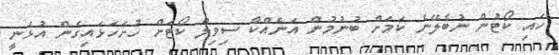
ހައި ކޯޓުން ނުބެލޭނެ ކަމަށް ބުނުމުން އަނެއްކާ ސިވިލް ކޯޓަށް ހުށަހަޅައިގެން އުޅެނީ